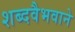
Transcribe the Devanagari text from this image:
शब्दवैभवाने